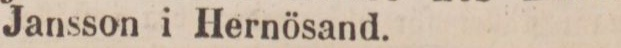
Jansson i Hernösand.